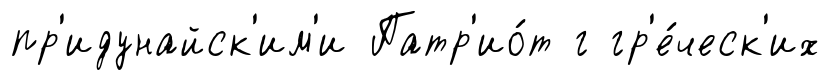
пр'идунайск'им'и Патр'ио́т г гр'е́ческ'их